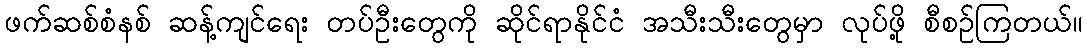
ဖက်ဆစ်စံနစ် ဆန့်ကျင်ရေး တပ်ဦးတွေကို ဆိုင်ရာနိုင်ငံ အသီးသီးတွေမှာ လုပ်ဖို့ စီစဉ်ကြတယ်။